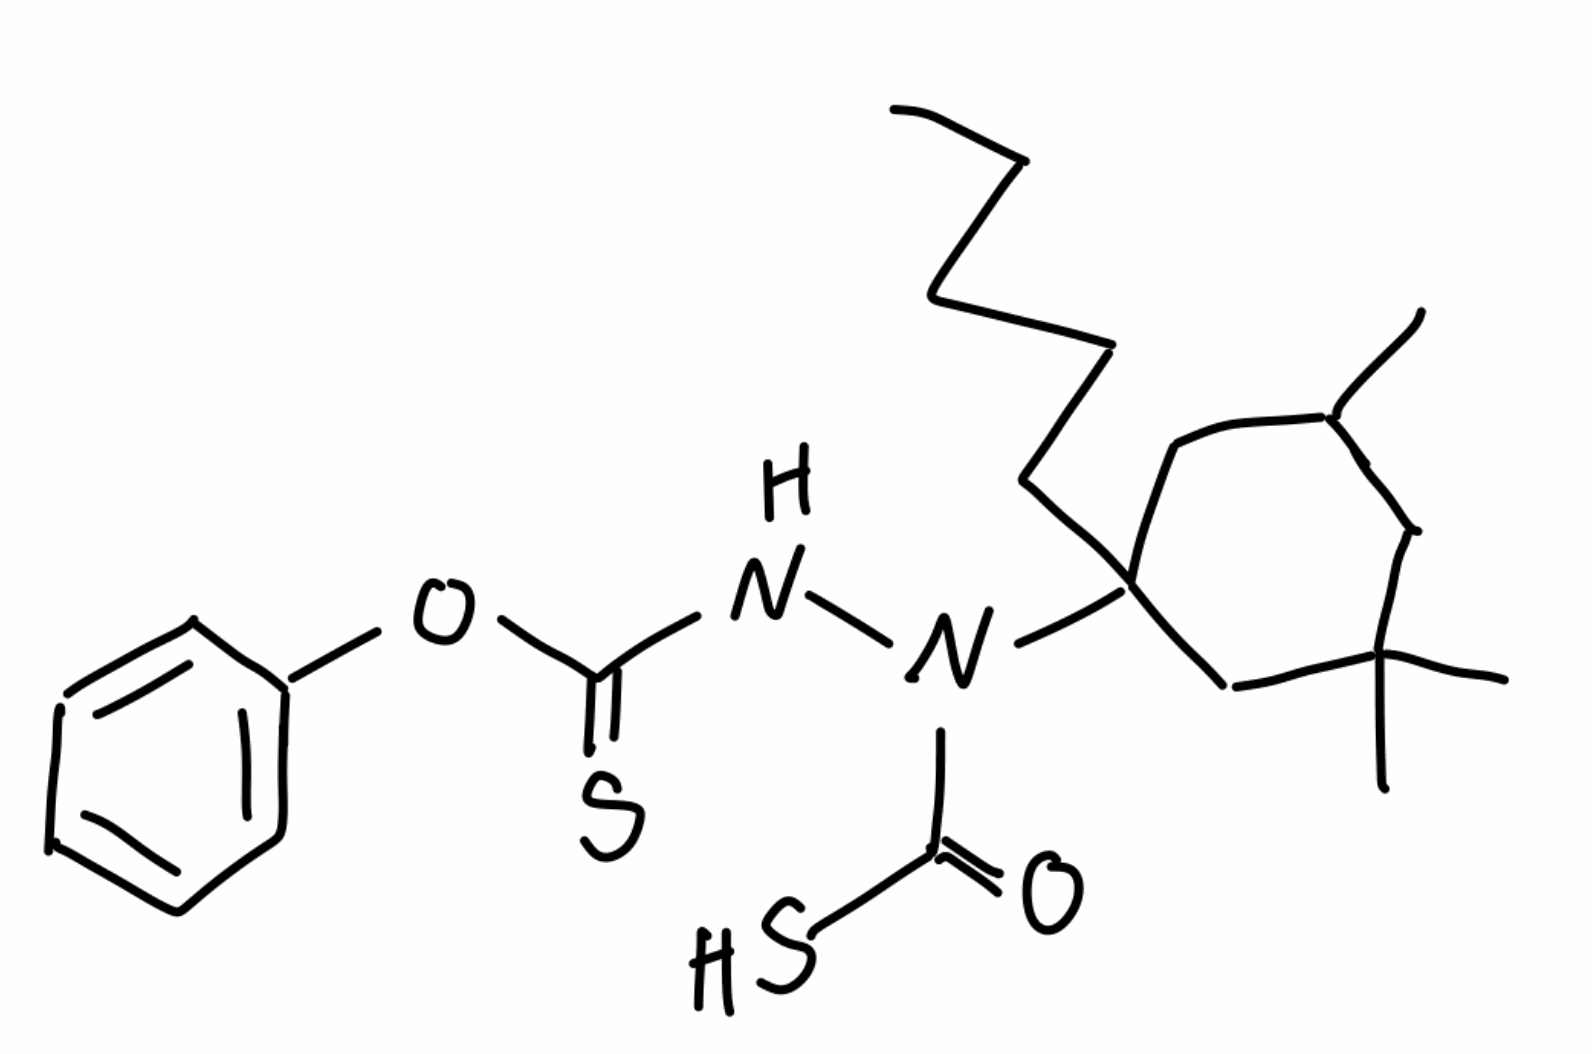
Simplified molecular-input line-entry system (SMILES) notation of the given molecule:
CCCCCC1(CC(CC(C1)(C)C)C)N(C(=O)S)NC(=S)OC2=CC=CC=C2